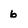
Character: 6